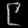
Digit: ၉